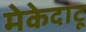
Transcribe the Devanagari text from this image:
मेकेदाटू